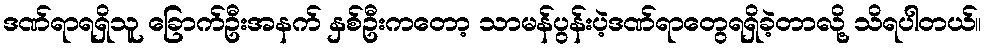
ဒဏ်ရာရရှိသူ ခြောက်ဦးအနက် နှစ်ဦးကတော့ သာမန်ပွန်းပဲ့ဒဏ်ရာတွေရရှိခဲ့တာလို့ သိရပါတယ်။